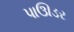
પાઊડર